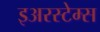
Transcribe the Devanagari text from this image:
इअरस्टेम्स